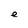
Character: e